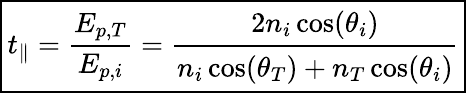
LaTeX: \boxed{t_{\parallel}=\frac{E_{p,T}}{E_{p,i}}=\cfrac{2n_{i}\cos(\theta_{i})}{n_{i}\cos(\theta_{T})+n_{T}\cos(\theta_{i})}}